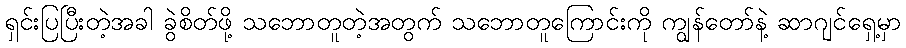
ရှင်းပြပြီးတဲ့အခါ ခွဲစိတ်ဖို့ သဘောတူတဲ့အတွက် သဘောတူကြောင်းကို ကျွန်တော်နဲ့ ဆာဂျင်ရှေ့မှာ